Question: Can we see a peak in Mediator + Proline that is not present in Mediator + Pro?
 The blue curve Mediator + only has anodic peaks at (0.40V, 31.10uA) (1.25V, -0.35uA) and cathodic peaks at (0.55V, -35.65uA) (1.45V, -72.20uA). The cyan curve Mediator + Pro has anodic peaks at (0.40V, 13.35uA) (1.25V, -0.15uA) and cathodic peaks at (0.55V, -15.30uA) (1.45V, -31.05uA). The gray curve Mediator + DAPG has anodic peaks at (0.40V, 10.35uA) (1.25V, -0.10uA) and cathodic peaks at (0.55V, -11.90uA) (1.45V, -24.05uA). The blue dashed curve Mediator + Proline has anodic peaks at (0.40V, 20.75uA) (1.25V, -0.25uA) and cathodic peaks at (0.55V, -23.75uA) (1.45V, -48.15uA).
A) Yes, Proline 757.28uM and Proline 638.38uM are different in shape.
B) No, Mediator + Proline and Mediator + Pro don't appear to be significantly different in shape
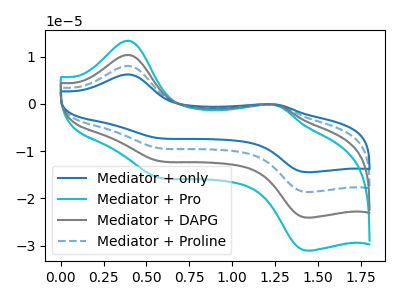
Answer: <think>All the peaks in "Mediator + Proline" have a peak in "Mediator + Pro" at the same potential.
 </think>
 <answer>B) No, "Mediator + Proline" and "Mediator + Pro" don't appear to be significantly different in shape</answer>
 <eval>B</eval>